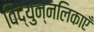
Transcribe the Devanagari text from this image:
विद्युन्नलिकाएँ